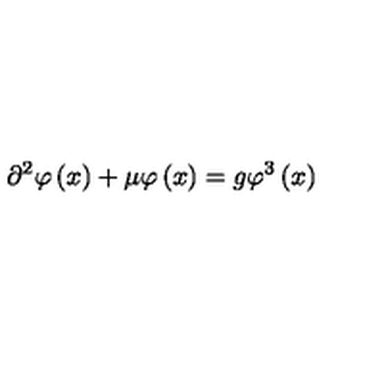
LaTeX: \partial ^ { 2 } \varphi \left( x \right) + \mu \varphi \left( x \right) = g \varphi ^ { 3 } \left( x \right)